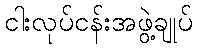
ငါးလုပ်ငန်းအဖွဲ့ချုပ်